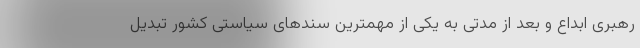
رهبری ابداع و بعد از مدتی به یکی از مهمترین سندهای سیاستی کشور تبدیل